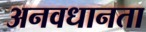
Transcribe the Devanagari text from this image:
अनवधानता